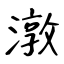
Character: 潡